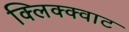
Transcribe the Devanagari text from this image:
क्लिक्क्वाट